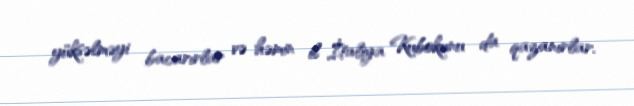
yüksəlməyi bacarırlar və həmin il İtaliya Kubokunu da qazanırlar.